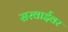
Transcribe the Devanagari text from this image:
सरवाईवर